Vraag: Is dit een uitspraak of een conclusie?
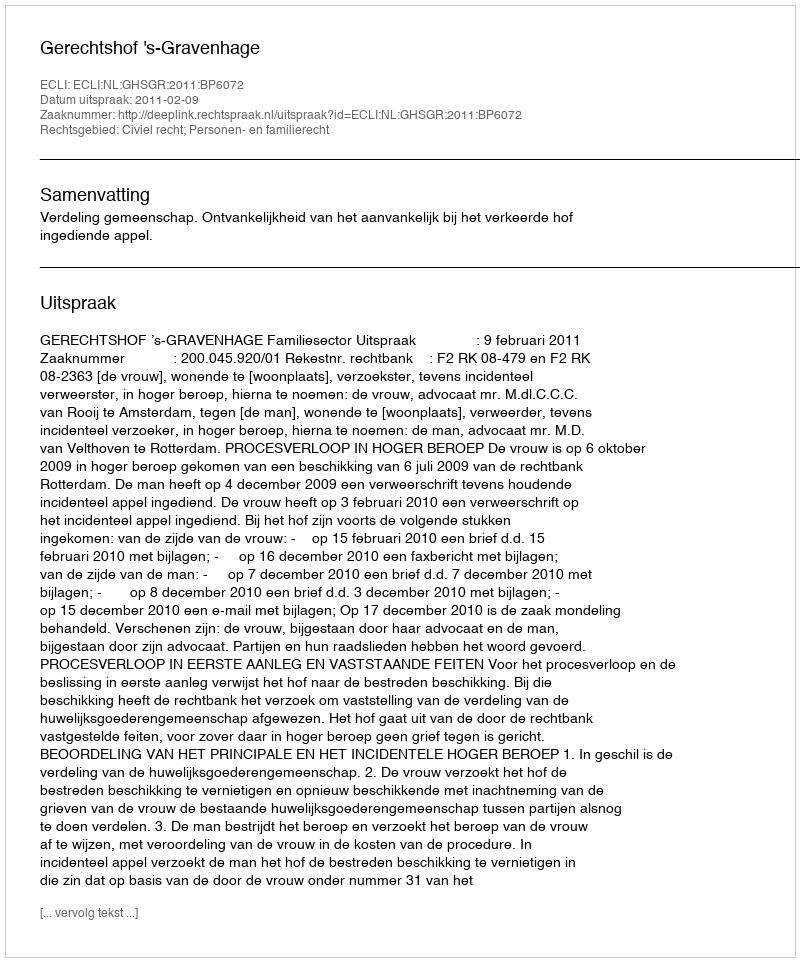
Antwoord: Uitspraak